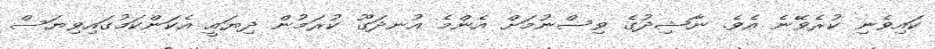
ކައިވެނި ކުރެވޭނެ އެވެ. ނާޝިދުގެ ވިސްނުމަށް އެންމެ އުނދަގޫ ކުރަމުން ދިޔައީ އެކަންކަމުގައިވިޔަސް